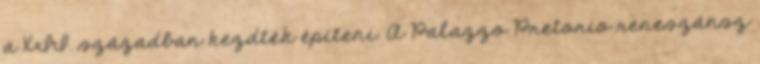
a XII. században kezdték építeni. A Palazzo Pretorio reneszánsz